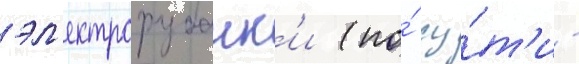
эл'ектрорубанк'и (по́ су́т'и -